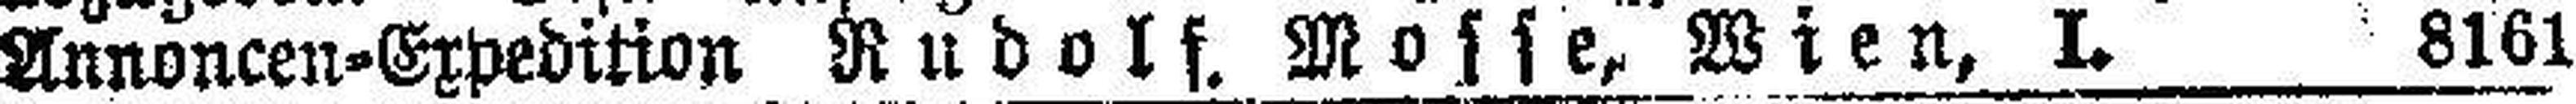
Annoncen-Expedition Rudolf. Mosse, Wien, I. 8161.